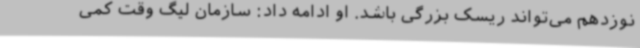
نوزدهم می‌تواند ریسک بزرگی باشد. او ادامه داد: سازمان لیگ وقت کمی